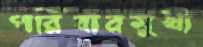
পরিবারমুখী